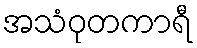
အသံဝုတကာရီ